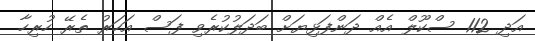
އަދި 112 ސްކޫލް އެއް ދަންފަޅިޔަށް ބަދަލުކުރެވި ފަސް އަހަރު ތެރޭ ހުރިހާ